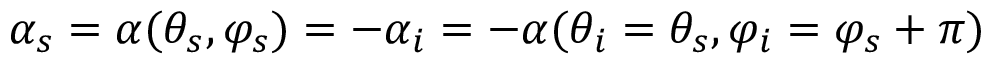
\alpha _ { s } = \alpha ( \theta _ { s } , \varphi _ { s } ) = - \alpha _ { i } = - \alpha ( \theta _ { i } = \theta _ { s } , \varphi _ { i } = \varphi _ { s } + \pi )